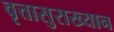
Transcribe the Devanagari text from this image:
वृत्तासुराख्यान